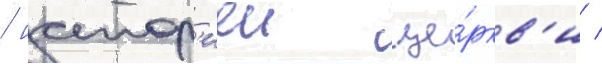
/ истор'иеи це́ркв'и /